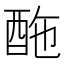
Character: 𨠑